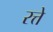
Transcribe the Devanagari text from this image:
रत्ते